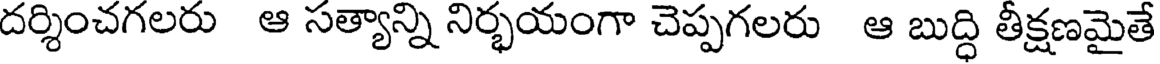
దర్శించగలరు ఆ సత్యాన్ని నిర్భయంగా చెప్పగలరు ఆ బుద్ధి తీక్షణమైతే